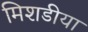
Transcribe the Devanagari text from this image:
मिशडीया